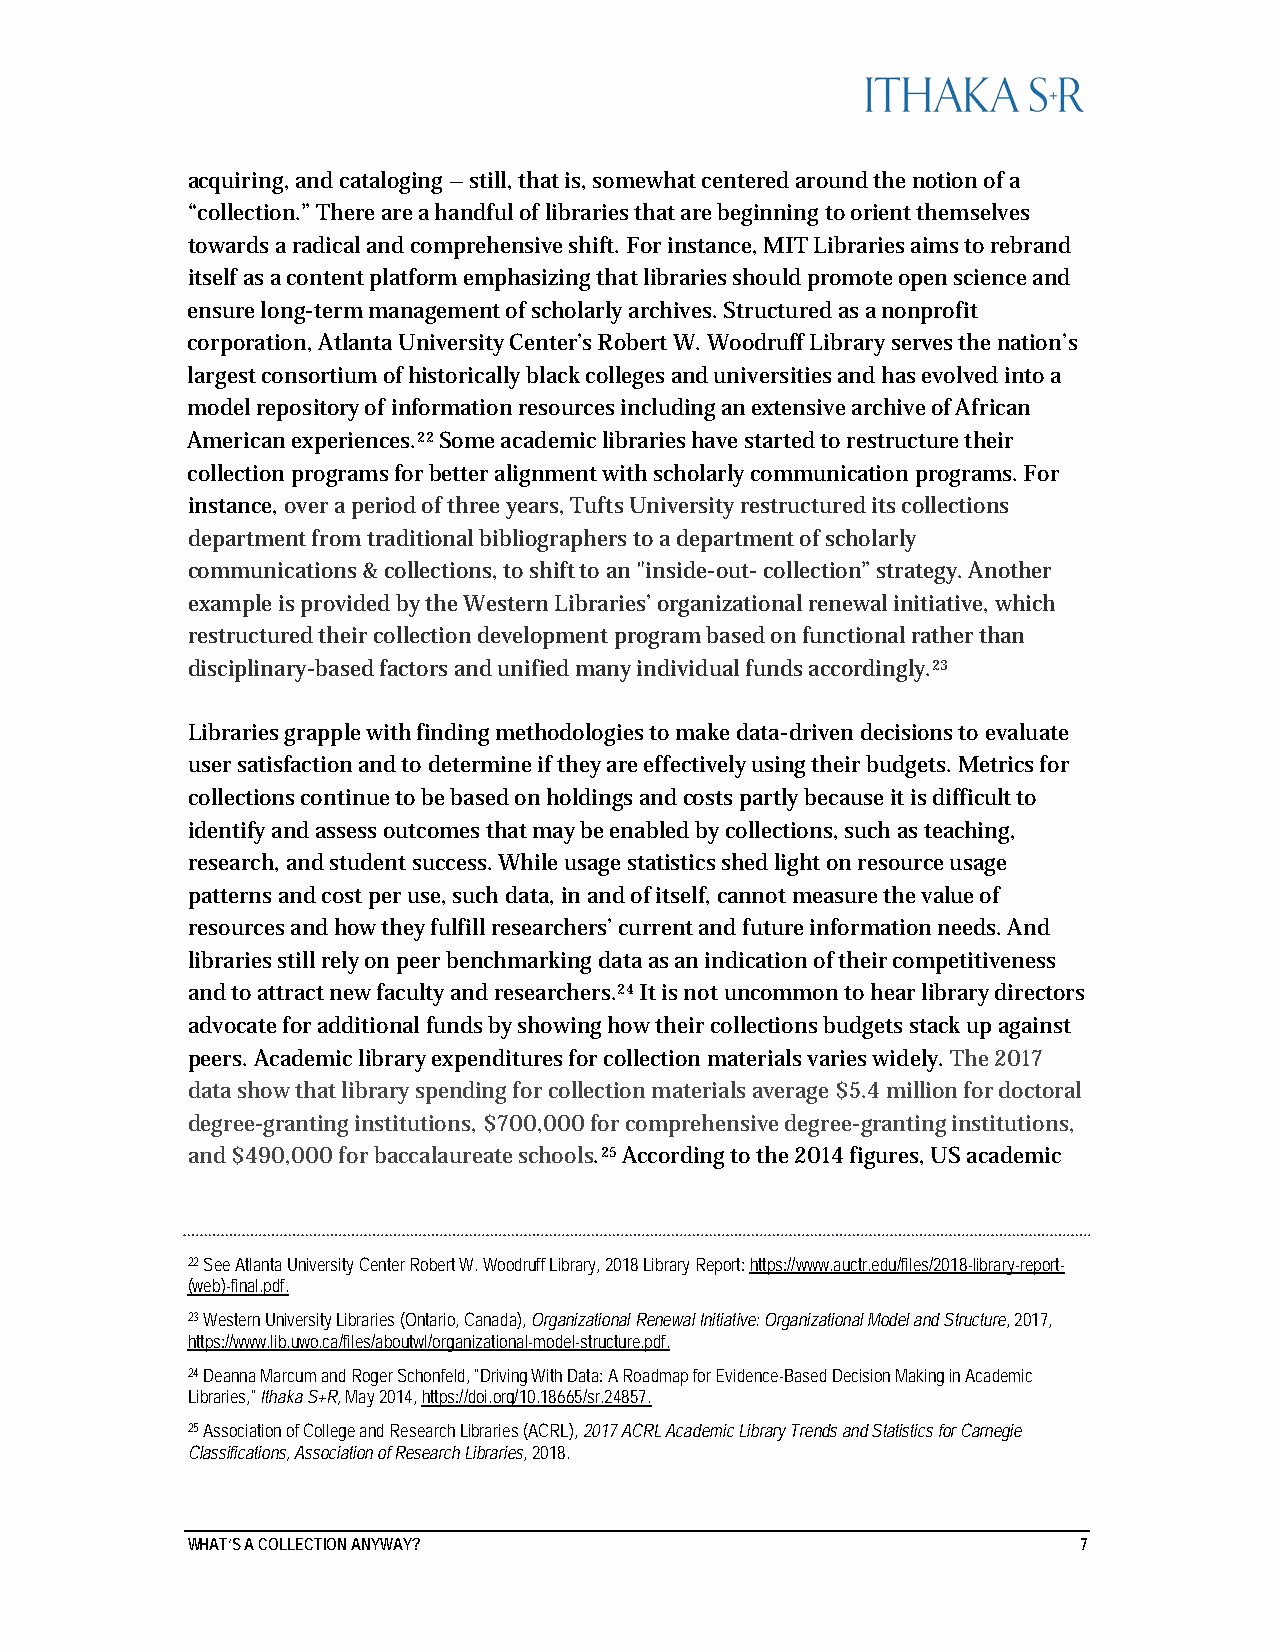
acquiring, and cataloging – still, that is, somewhat centered around the notion of a
 “collection.” There are a handful of libraries that are beginning to orient themselves
 towards a radical and comprehensive shift. For instance, MIT Libraries aims to rebrand
 itself as a content platform emphasizing that libraries should promote open science and
 ensure long-term management of scholarly archives. Structured as a nonprofit
 corporation, Atlanta University Center’s Robert W. Woodruff Library serves the nation’s
 largest consortium of historically black colleges and universities and has evolved into a
 model repository of information resources including an extensive archive of African
 American experiences.22 Some academic libraries have started to restructure their
 collection programs for better alignment with scholarly communication programs. For
 instance, over a period of three years, Tufts University restructured its collections
 department from traditional bibliographers to a department of scholarly
 communications & collections, to shift to an "inside-out- collection” strategy. Another
 example is provided by the Western Libraries’ organizational renewal initiative, which
 restructured their collection development program based on functional rather than
 disciplinary-based factors and unified many individual funds accordingly.23
 Libraries grapple with finding methodologies to make data-driven decisions to evaluate
 user satisfaction and to determine if they are effectively using their budgets. Metrics for
 collections continue to be based on holdings and costs partly because it is difficult to
 identify and assess outcomes that may be enabled by collections, such as teaching,
 research, and student success. While usage statistics shed light on resource usage
 patterns and cost per use, such data, in and of itself, cannot measure the value of
 resources and how they fulfill researchers’ current and future information needs. And
 libraries still rely on peer benchmarking data as an indication of their competitiveness
 and to attract new faculty and researchers.24 It is not uncommon to hear library directors
 advocate for additional funds by showing how their collections budgets stack up against
 peers. Academic library expenditures for collection materials varies widely. The 2017
 data show that library spending for collection materials average $5.4 million for doctoral
 degree-granting institutions, $700,000 for comprehensive degree-granting institutions,
 and $490,000 for baccalaureate schools.25 According to the 2014 figures, US academic
 22 See Atlanta University Center Robert W. Woodruff Library, 2018 Library Report: https://www.auctr.edu/files/2018-library-report-
 (web)-final.pdf.
 23 Western University Libraries (Ontario, Canada), Organizational Renewal Initiative: Organizational Model and Structure, 2017,
 https://www.lib.uwo.ca/files/aboutwl/organizational-model-structure.pdf.
 24 Deanna Marcum and Roger Schonfeld, "Driving With Data: A Roadmap for Evidence-Based Decision Making in Academic
 Libraries," Ithaka S+R, May 2014, https://doi.org/10.18665/sr.24857.
 25 Association of College and Research Libraries (ACRL), 2017 ACRL Academic Library Trends and Statistics for Carnegie
 Classifications, Association of Research Libraries, 2018.
 WHAT’S A COLLECTION ANYWAY?                                 7